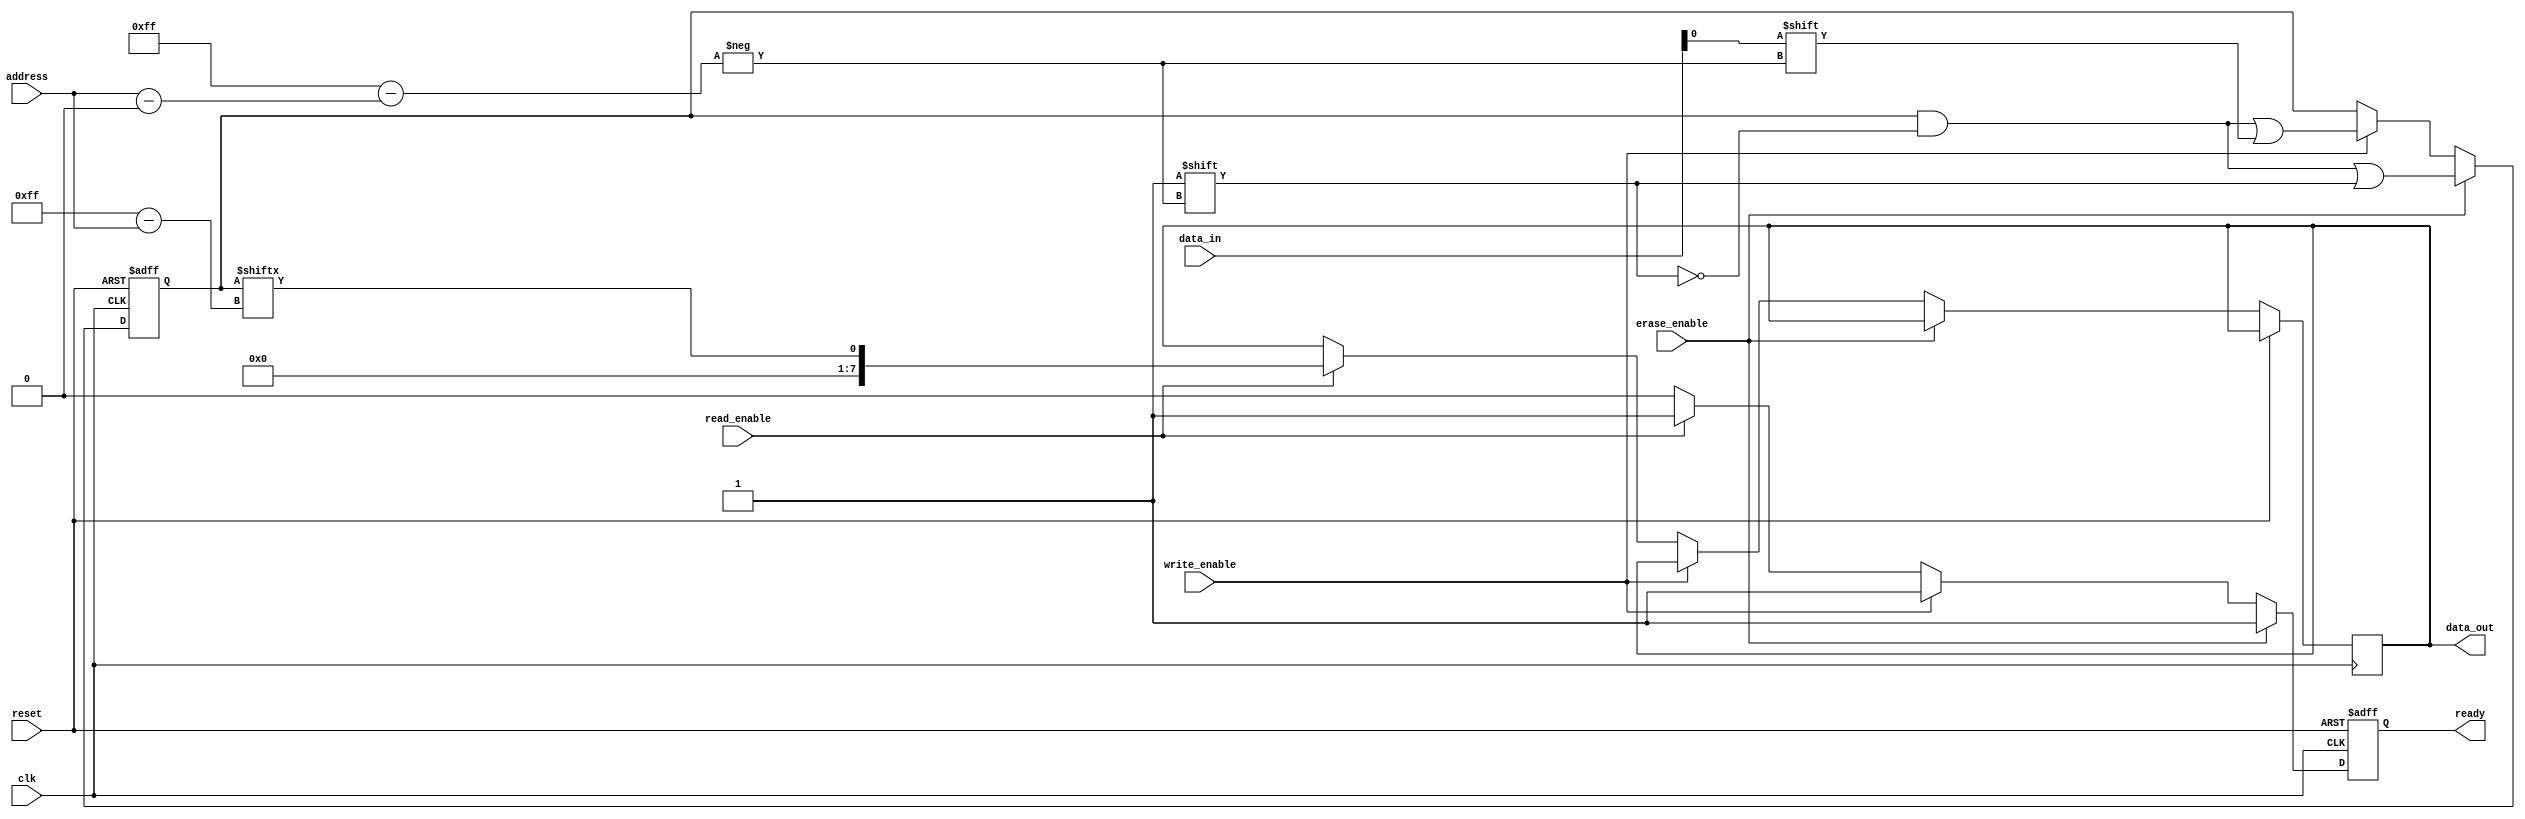
module SLC_EEPROM (
    input wire clk,                // Clock signal
    input wire reset,              // Reset signal
    input wire [7:0] address,      // Address input (8-bit for 256 cells)
    input wire [7:0] data_in,      // Data input for write operations
    input wire write_enable,        // Write enable signal
    input wire read_enable,         // Read enable signal
    input wire erase_enable,        // Erase enable signal
    output reg [7:0] data_out,      // Data output for read operations
    output reg ready                // Ready signal
);

    // Memory array: 256 x 1-bit cells
    reg [0:255] memory_array;

    // Control logic
    always @(posedge clk or posedge reset) begin
        if (reset) begin
            // Initialize memory cells to 1 (erased state)
            memory_array <= 256'b11111111111111111111111111111111; // All bits set to 1
            ready <= 1'b1; // Ready state after reset
        end else begin
            if (erase_enable) begin
                // Erase operation: Reset the selected memory cell to 1
                memory_array[address] <= 1'b1;
                ready <= 1'b1; // Indicate ready after erase
            end else if (write_enable) begin
                // Write operation: Store data in the selected memory cell
                memory_array[address] <= data_in[0]; // Store the least significant bit
                ready <= 1'b1; // Indicate ready after write
            end else if (read_enable) begin
                // Read operation: Output the data from the selected memory cell
                data_out <= {7'b0, memory_array[address]}; // Output as 8-bit
                ready <= 1'b1; // Indicate ready after read
            end else begin
                ready <= 1'b0; // Not ready if no operation is active
            end
        end
    end

endmodule